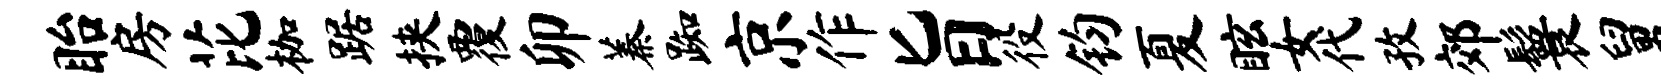
眙房芘枷踞挟覆卯蓁踟京作旨役钧夏眩女代孜郊鬟舅